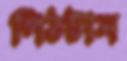
পিঠটান